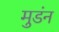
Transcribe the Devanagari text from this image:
मुडंन